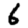
Digit: 6